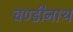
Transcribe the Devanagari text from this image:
चण्‍डीनाथ